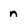
Character: n